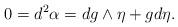
LaTeX: \begin{align*}0=d^2\alpha=dg\wedge\eta+gd\eta.\end{align*}